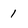
Character: i